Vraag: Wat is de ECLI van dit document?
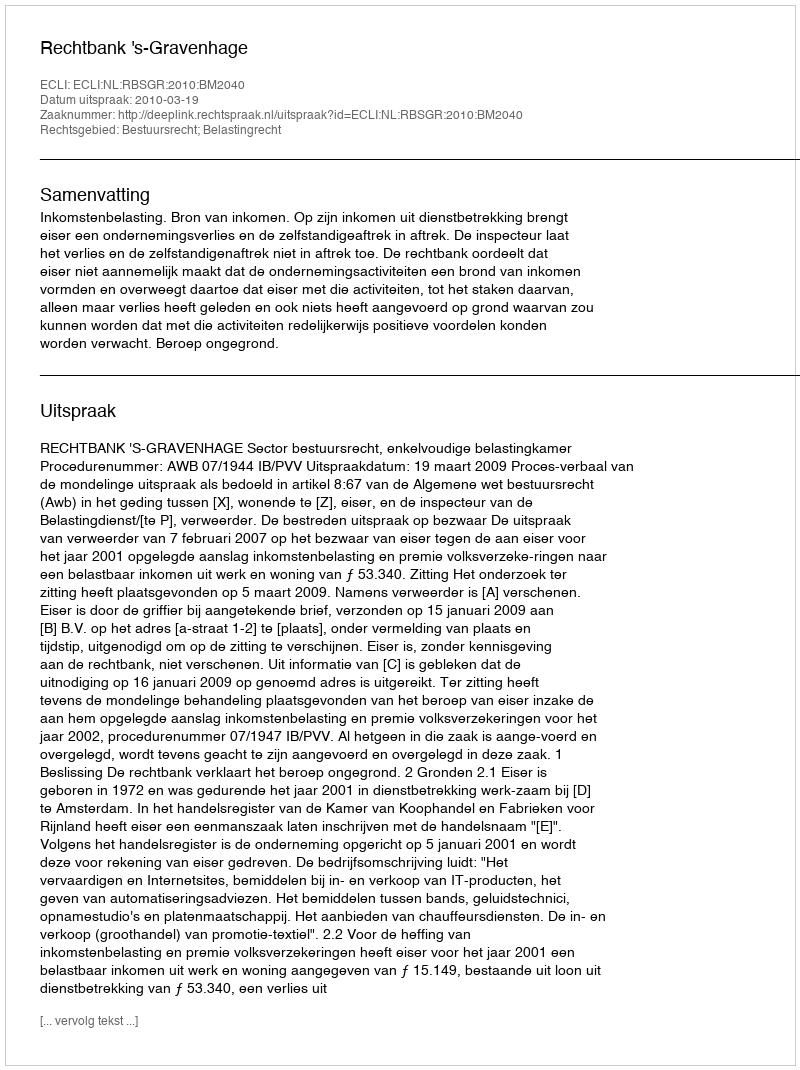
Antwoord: ECLI:NL:RBSGR:2010:BM2040